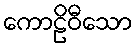
ကောဠိဝီသော